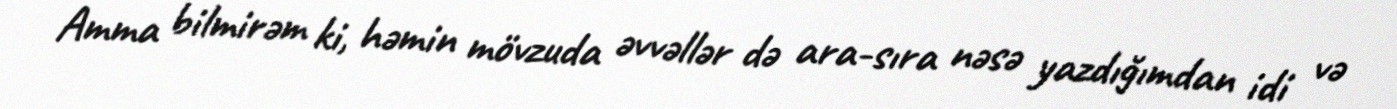
Amma bilmirəm ki, həmin mövzuda əvvəllər də ara-sıra nəsə yazdığımdan idi və